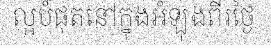
ល្អបំផុតនៅក្នុងអំឡុងពីរថ្ងៃ